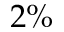
2 \%